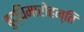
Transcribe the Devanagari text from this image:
बुद्धिमारोहन्ति